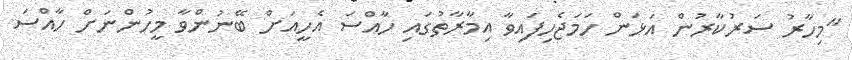
"މިހާރު ސަރުކާރުން އަޅަން ހަމަޖެހިފައިވާ އިމާރާތުގައި ހާއްސަ އެހީއަށް ބޭނުންވާ މީހުންނަށް ހާއްސަ